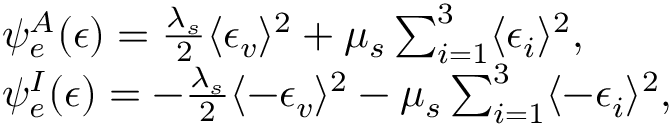
\begin{array} { r l } & { \psi _ { e } ^ { A } ( \boldsymbol { \epsilon } ) = \frac { \lambda _ { s } } { 2 } \langle \epsilon _ { v } \rangle ^ { 2 } + \mu _ { s } \sum _ { i = 1 } ^ { 3 } \langle \epsilon _ { i } \rangle ^ { 2 } , } \\ & { \psi _ { e } ^ { I } ( \boldsymbol { \epsilon } ) = - \frac { \lambda _ { s } } { 2 } \langle - \epsilon _ { v } \rangle ^ { 2 } - \mu _ { s } \sum _ { i = 1 } ^ { 3 } \langle - \epsilon _ { i } \rangle ^ { 2 } , } \end{array}